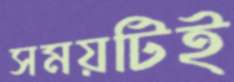
সময়টিই